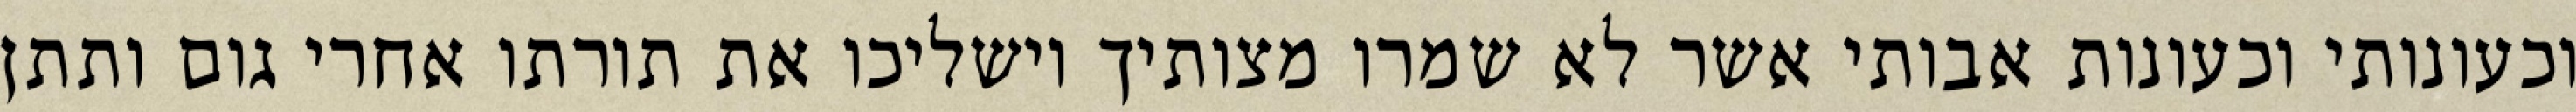
וכעונותי וכעונות אבותי אשר לא שמרו מצותיך וישליכו את תורתו אחרי גום ותתן